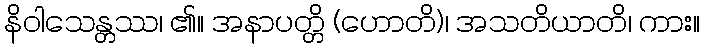
နိဝါသေန္တဿ၊ ၏။ အနာပတ္တိ (ဟောတိ)၊ အသတိယာတိ၊ ကား။